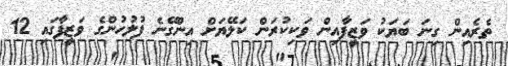
ތެރެއިން ގިނަ ބަޔަކު ވަޒީފާއިން ވަކިކުރަން ކަލޭޔަށް އިންގޭނެ ފުލުހުންގެ ވަޒީފާގައި 12